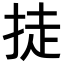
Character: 𪭴